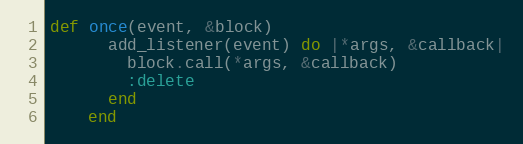
Language: Ruby
def once(event, &block)
      add_listener(event) do |*args, &callback|
        block.call(*args, &callback)
        :delete
      end
    end